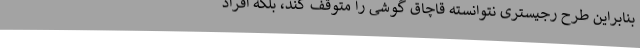
بنابراین طرح رجیستری نتوانسته قاچاق گوشی را متوقف کند، بلکه افراد